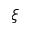
\xi